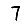
Digit: 7